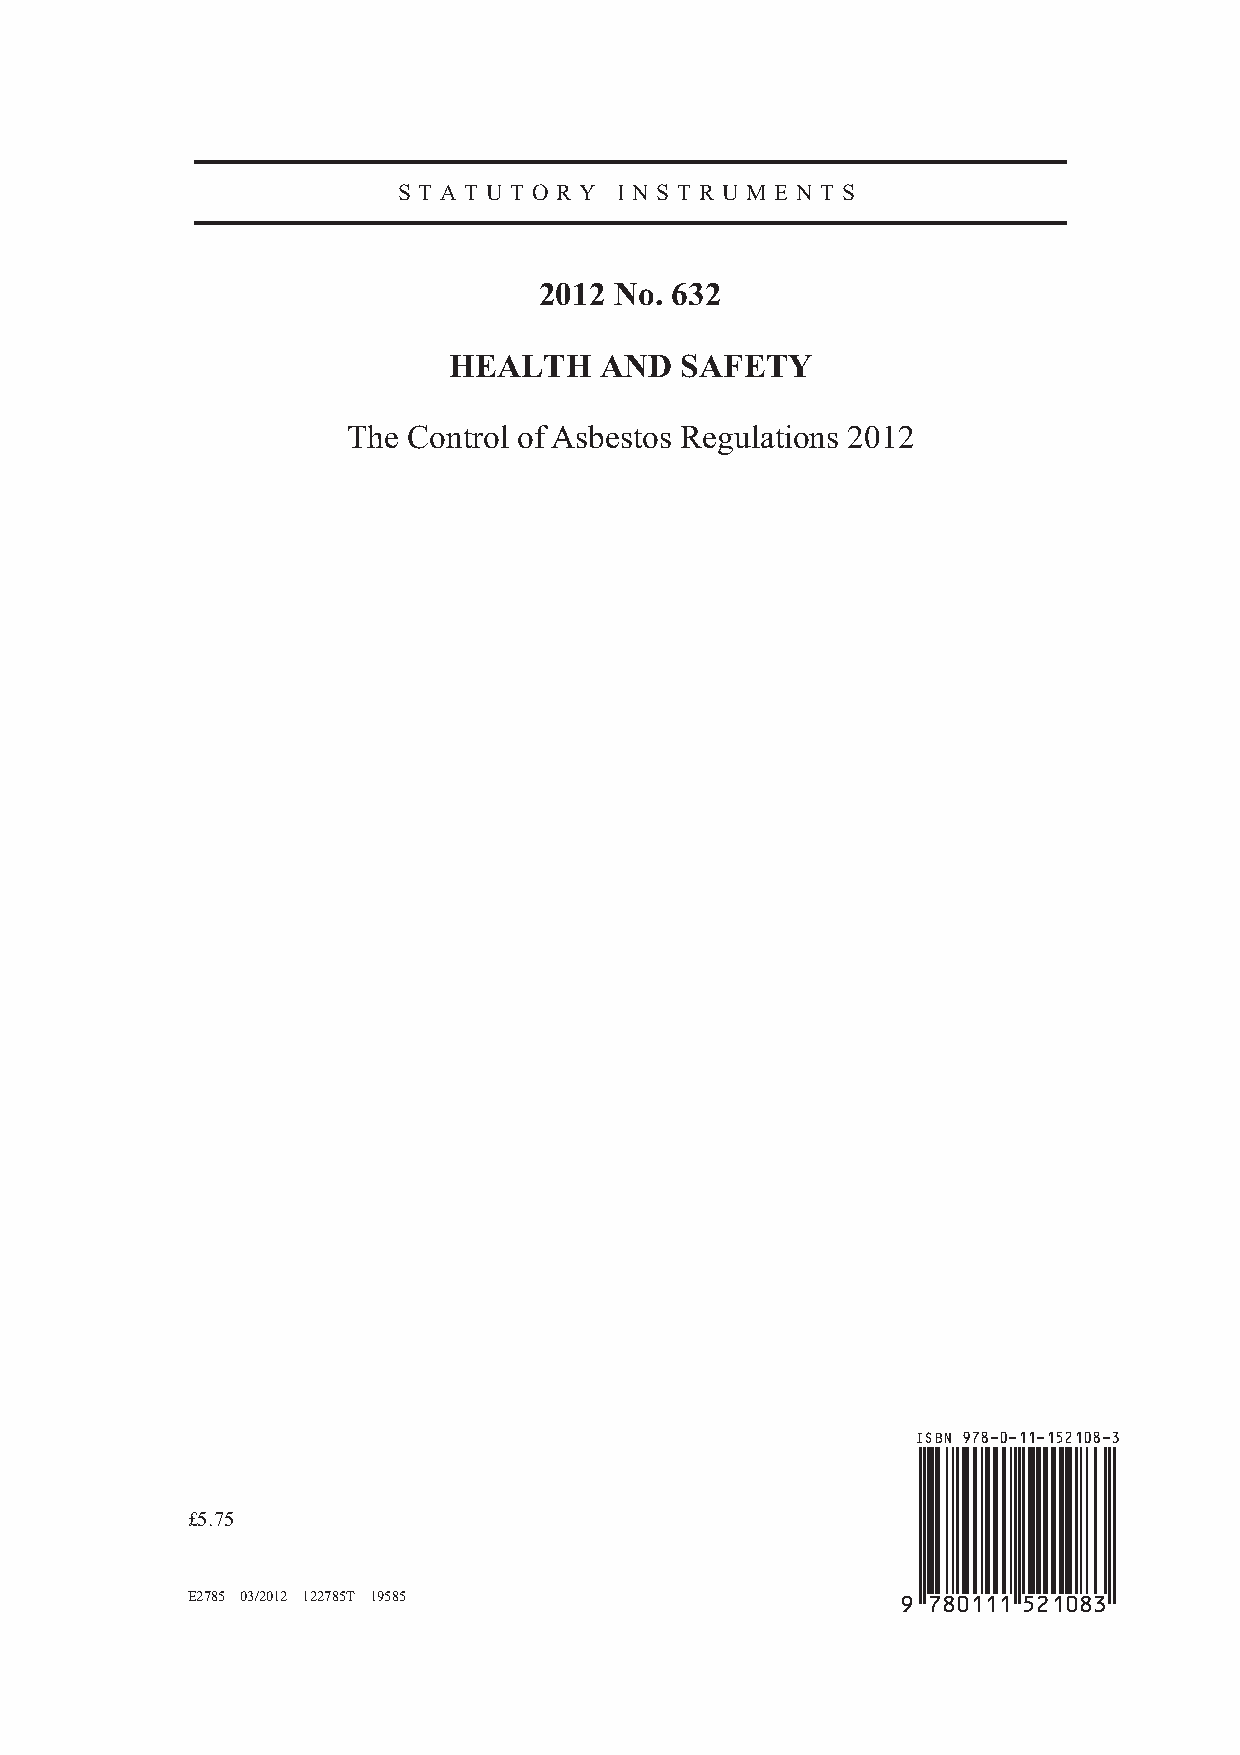
S T A T U T O R Y I N S T R U M E N T S
 2012 No. 632
 HEALTH    AND  SAFETY
 The Control of Asbestos Regulations 2012
 ISBN 978-0-11-152108-3
 £5.75
 E2785 03/2012 122785T 19585                    9 780111 521083